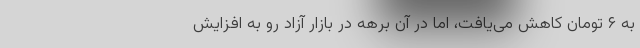
به ۶ تومان کاهش می‌یافت، اما در آن برهه در بازار آزاد رو به افزایش